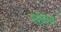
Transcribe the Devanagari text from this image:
सॉनेस